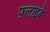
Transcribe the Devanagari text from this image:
फ़्लाइबे